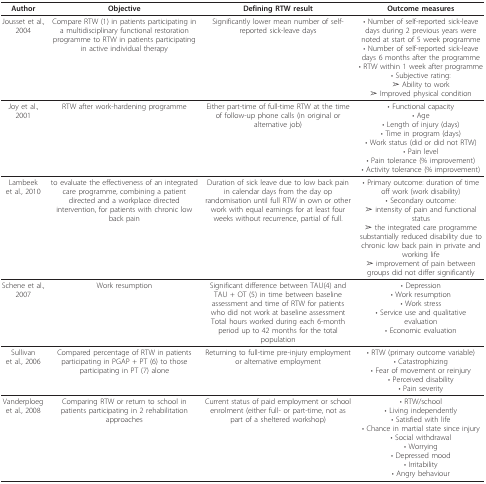
| Author | Objective | Defining RTW result | Outcome measures |
 | --- | --- | --- | --- |
 | Jousset et al.,2004 | Compare RTW (1) in patients participating in a multidisciplinary functional restoration programme to RTW in patients participating in active individual therapy | Significantly lower mean number of self-reported sick-leave days | • Number of self-reported sick-leave days during 2 previous years were noted at start of 5 week programme• Number of self-reported sick-leave days 6 months after the programme• RTW within 1 week after programme• Subjective rating:➢ Ability to work➢ Improved physical condition |
 | Joy et al.,2001 | RTW after work-hardening programme | Either part-time of full-time RTW at the time of follow-up phone calls (in original or alternative job) | • Functional capacity• Age• Length of injury (days)• Time in program (days)• Work status (did or did not RTW)• Pain level• Pain tolerance (% improvement)• Activity tolerance (% improvement) |
 | Lambeek et al., 2010 | to evaluate the effectiveness of an integrated care programme, combining a patient directed and a workplace directed intervention, for patients with chronic low back pain | Duration of sick leave due to low back pain in calendar days from the day op randomisation until full RTW in own or other work with equal earnings for at least four weeks without recurrence, partial of full. | • Primary outcome: duration of time off work (work disability)• Secondary outcome:➢ intensity of pain and functional status➢ the integrated care programme substantially reduced disability due to chronic low back pain in private and working life➢ improvement of pain between groups did not differ significantly |
 | Schene et al.,2007 | Work resumption | Significant difference between TAU(4) and TAU + OT (5) in time between baseline assessment and time of RTW for patients who did not work at baseline assessmentTotal hours worked during each 6-month period up to 42 months for the total population | • Depression• Work resumption• Work stress• Service use and qualitative evaluation• Economic evaluation |
 | Sullivan et al., 2006 | Compared percentage of RTW in patients participating in PGAP + PT (6) to those participating in PT (7) alone | Returning to full-time pre-injury employment or alternative employment | • RTW (primary outcome variable)• Catastrophizing• Fear of movement or reinjury• Perceived disability• Pain severity |
 | Vanderploeg et al., 2008 | Comparing RTW or return to school in patients participating in 2 rehabilitation approaches | Current status of paid employment or school enrolment (either full- or part-time, not as part of a sheltered workshop) | • RTW/school• Living independently• Satisfied with life• Chance in martial state since injury• Social withdrawal• Worrying• Depressed mood• Irritability• Angry behaviour |